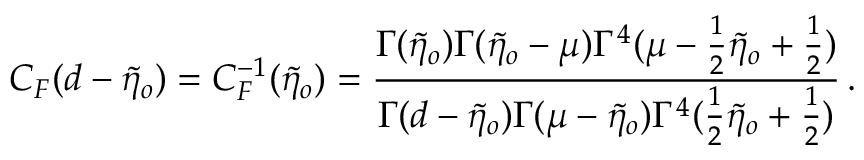
C _ { F } ( d - \tilde { \eta } _ { o } ) = C _ { F } ^ { - 1 } ( \tilde { \eta } _ { o } ) = \frac { \Gamma ( \tilde { \eta } _ { o } ) \Gamma ( \tilde { \eta } _ { o } - \mu ) \Gamma ^ { 4 } ( \mu - \frac { 1 } { 2 } \tilde { \eta } _ { o } + \frac { 1 } { 2 } ) } { \Gamma ( d - \tilde { \eta } _ { o } ) \Gamma ( \mu - \tilde { \eta } _ { o } ) \Gamma ^ { 4 } ( \frac { 1 } { 2 } \tilde { \eta } _ { o } + \frac { 1 } { 2 } ) } \, .